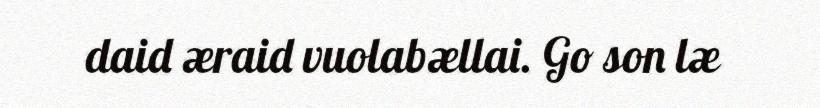
daid æraid vuolabællai. Go son læ